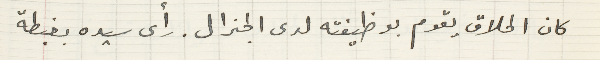
كان الحلاق يقوم بوظيفته لدى الجنرال. رأى سيده بغبطة